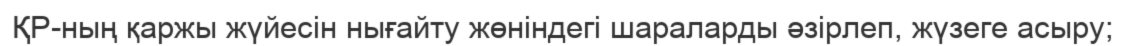
ҚР-ның қаржы жүйесiн нығайту жөнiндегi шараларды әзiрлеп, жүзеге асыру;